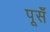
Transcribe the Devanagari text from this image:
पूसँ